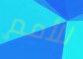
للأمم